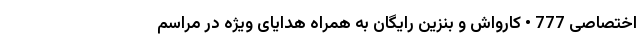
اختصاصی 777 • کارواش و بنزین رایگان به همراه هدایای ویژه در مراسم